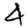
Digit: 4